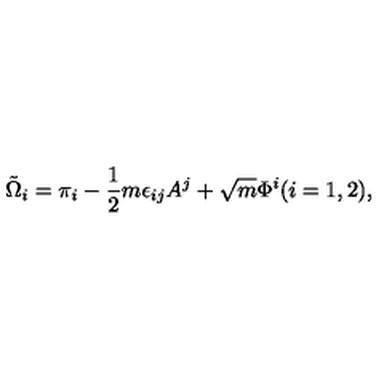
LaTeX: \tilde { \Omega } _ { i } = \pi _ { i } - \frac { 1 } { 2 } m \epsilon _ { i j } A ^ { j } + \sqrt { m } \Phi ^ { i } ( i = 1 , 2 ) ,